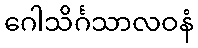
ဂေါသိင်္ဂသာလဝနံ